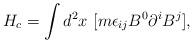
LaTeX: \begin{align*}H_c = \int d^2x ~[ m \epsilon_{ij} B^0 \partial^i B^j ],\end{align*}